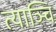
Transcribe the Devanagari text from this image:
त्याञ्चि